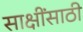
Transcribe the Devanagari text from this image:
साक्षींसाठी